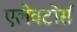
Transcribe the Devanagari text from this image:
एलेवटोर्स